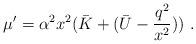
LaTeX: \begin{align*}\mu' = \alpha^2 x^2 (\bar K + (\bar U - \frac{q^2}{x^2})) \ .\end{align*}